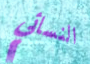
النسائي